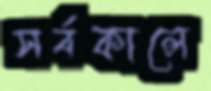
সর্বকালে